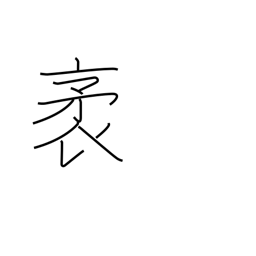
Meaning: length